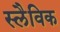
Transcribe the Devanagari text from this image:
स्लैविक